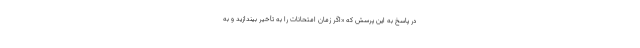
در پاسخ به این پرسش که «اگر زمان امتحانات را به تأخیر بیندازید و به